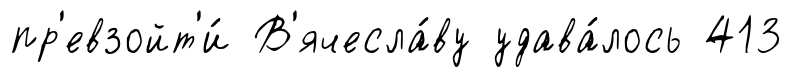
пр'евзойт'и́ В'ячесла́ву удава́лось 413